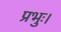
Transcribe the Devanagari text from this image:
प्रभुः।